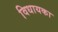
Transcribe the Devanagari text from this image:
विधायका